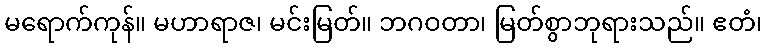
မရောက်ကုန်။ မဟာရာဇ၊ မင်းမြတ်။ ဘဂဝတာ၊ မြတ်စွာဘုရားသည်။ ဧတံ၊